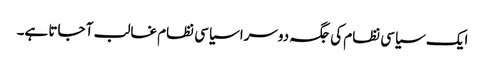
ایک سیاسی نظام کی جگہ دوسرا سیاسی نظام غالب آ جاتا ہے۔